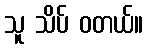
သူ သိပ် ဝတယ်။